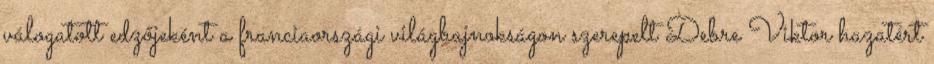
válogatott edzőjeként a franciaországi világbajnokságon szerepelt Debre Viktor hazatért